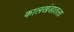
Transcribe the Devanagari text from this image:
कालखंडातला